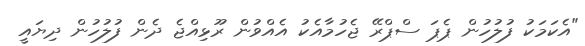
"އެކަމަކު ފުލުހުން ޕެޕަ ސްޕްރޭ ޖެހުމާއެކު އެއްވުން ރޫޅިއްޖެ ދެން ފުލުހުން ދިޔައީ